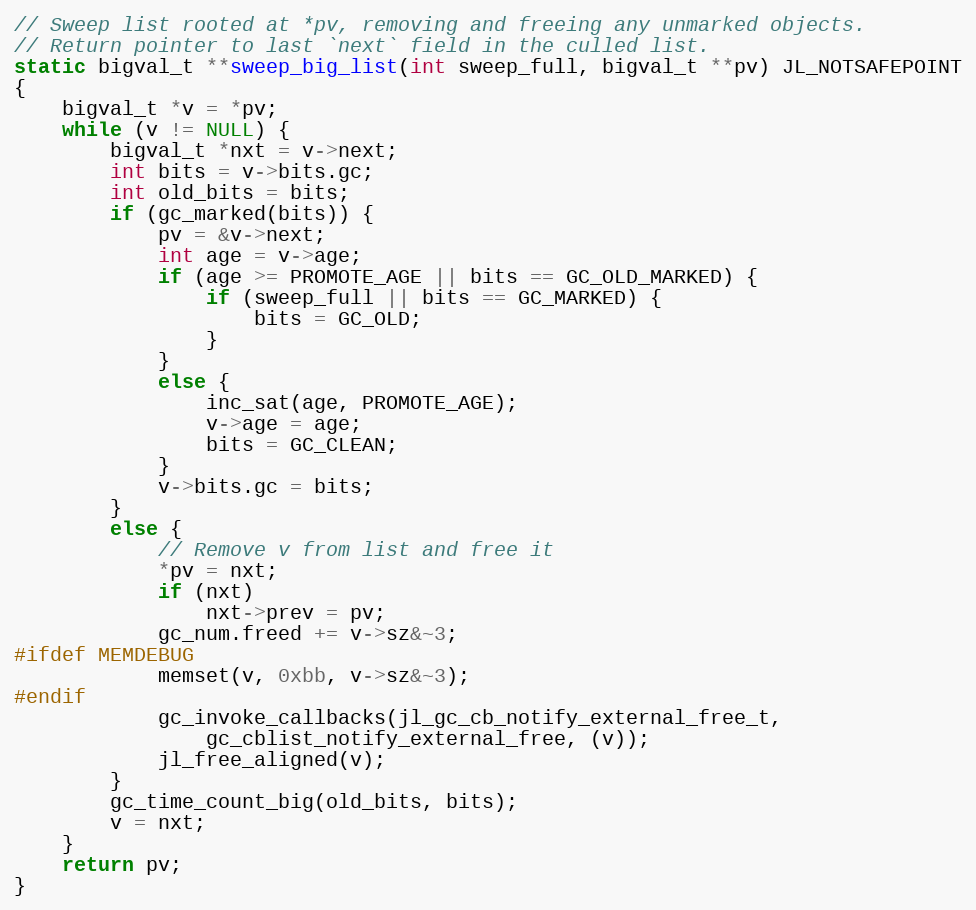
Language: C
// Sweep list rooted at *pv, removing and freeing any unmarked objects.
// Return pointer to last `next` field in the culled list.
static bigval_t **sweep_big_list(int sweep_full, bigval_t **pv) JL_NOTSAFEPOINT
{
    bigval_t *v = *pv;
    while (v != NULL) {
        bigval_t *nxt = v->next;
        int bits = v->bits.gc;
        int old_bits = bits;
        if (gc_marked(bits)) {
            pv = &v->next;
            int age = v->age;
            if (age >= PROMOTE_AGE || bits == GC_OLD_MARKED) {
                if (sweep_full || bits == GC_MARKED) {
                    bits = GC_OLD;
                }
            }
            else {
                inc_sat(age, PROMOTE_AGE);
                v->age = age;
                bits = GC_CLEAN;
            }
            v->bits.gc = bits;
        }
        else {
            // Remove v from list and free it
            *pv = nxt;
            if (nxt)
                nxt->prev = pv;
            gc_num.freed += v->sz&~3;
#ifdef MEMDEBUG
            memset(v, 0xbb, v->sz&~3);
#endif
            gc_invoke_callbacks(jl_gc_cb_notify_external_free_t,
                gc_cblist_notify_external_free, (v));
            jl_free_aligned(v);
        }
        gc_time_count_big(old_bits, bits);
        v = nxt;
    }
    return pv;
}